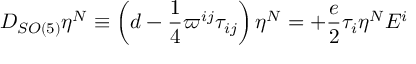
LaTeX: D _ { S O ( 5 ) } \eta ^ { N } \equiv \left( d - \frac { 1 } { 4 } \varpi ^ { i j } \tau _ { i j } \right) \eta ^ { N } = + \frac { e } { 2 } \tau _ { i } \eta ^ { N } E ^ { i }